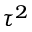
\tau ^ { 2 }